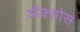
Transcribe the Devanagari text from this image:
ऑक्सोस